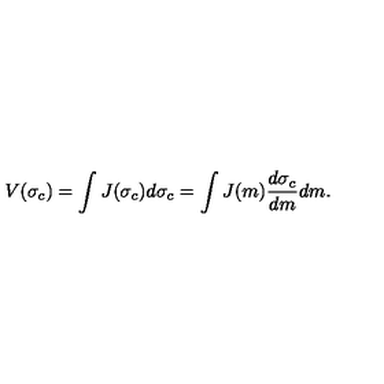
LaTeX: V ( \sigma _ { c } ) = \int J ( \sigma _ { c } ) d \sigma _ { c } = \int J ( m ) \frac { d \sigma _ { c } } { d m } d m .